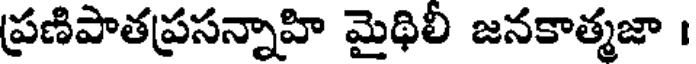
ప్రణిపాతప్రసన్నాహి మైథిలీ జనకాత్మజా ।